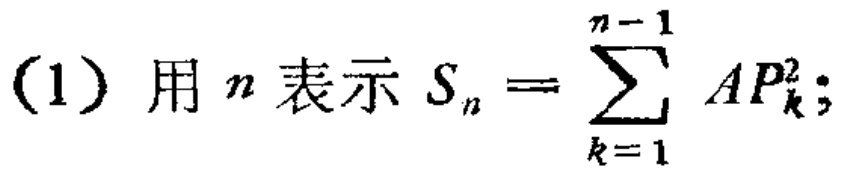
(1) 用 \(n\) 表示 \(S_{n}=\sum_{k = 1}^{n - 1}AP_{k}^{2}\);